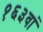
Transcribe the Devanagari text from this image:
१६३वां